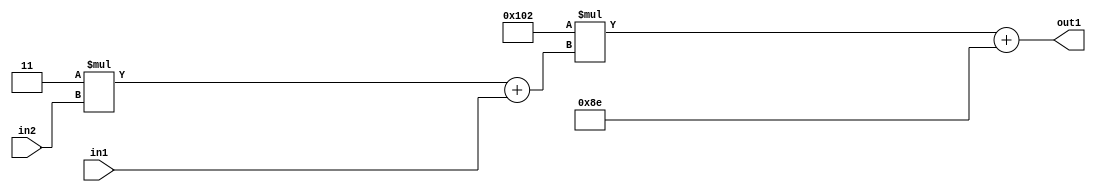
`timescale 1ps / 1ps
/*****************************************************************************
    Verilog RTL Description
    
    
    Created by: Stratus DpOpt 2019.1.01 
*******************************************************************************/

module DC_Filter_Add2i142Mul2i258Add2u1Mul2i3u2_1 (
	in2,
	in1,
	out1
	); /* architecture "behavioural" */ 
input [1:0] in2;
input  in1;
output [11:0] out1;
wire [11:0] asc001;
wire [3:0] asc002;

wire [3:0] asc002_tmp_0;
assign asc002_tmp_0 = 
	+(4'B0011 * in2);
assign asc002 = asc002_tmp_0
	+(in1);

wire [11:0] asc001_tmp_1;
assign asc001_tmp_1 = 
	+(12'B000100000010 * asc002);
assign asc001 = asc001_tmp_1
	+(12'B000010001110);

assign out1 = asc001;
endmodule

/* CADENCE  v7X1SA0= : u9/ySgnWtBlWxVPRXgAZ4Og= ** DO NOT EDIT THIS LINE ******/